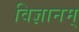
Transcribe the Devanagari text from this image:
विज्ञानम्